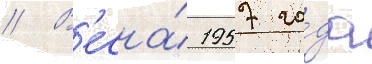
// В'есна́ 1957 го́да